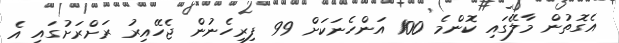
އެގޮތުން މާލޭގައި ކޮންމެ 100 އަންހެނަކަށް 99 ފިރިހެނުން ޖެހޭއިރު ރަށްރަށުގައި އެ